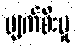
ပျက်စီးမှု